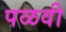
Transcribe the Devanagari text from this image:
पळवी